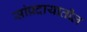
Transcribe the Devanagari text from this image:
सांप्रदायातील